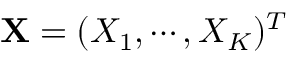
\mathbf { X } = ( X _ { 1 } , \cdots , X _ { K } ) ^ { T }